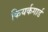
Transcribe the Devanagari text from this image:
कियर्कगार्ड